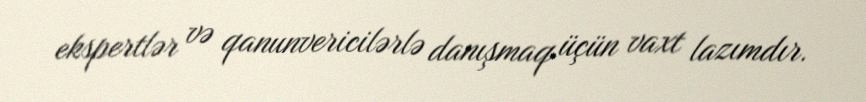
ekspertlər və qanunvericilərlə danışmaq üçün vaxt lazımdır.